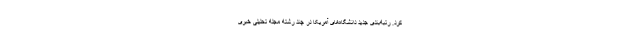
کرد. رتبه‌بندی جدید دانشگاه‌های آمریکا در چند رشته مجله تحلیلی خبری